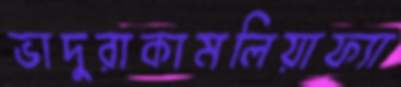
ভাদুরাকামলিয়াফ্যা